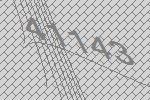
41143